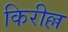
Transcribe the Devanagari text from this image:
किरील्ल